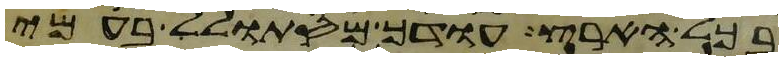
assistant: בכל הארץ עודך מסתולל בעמי